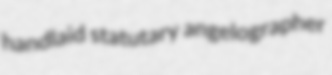
handlaid statutary angelographer